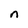
Character: n